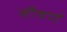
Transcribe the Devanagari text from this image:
सौथर्ण